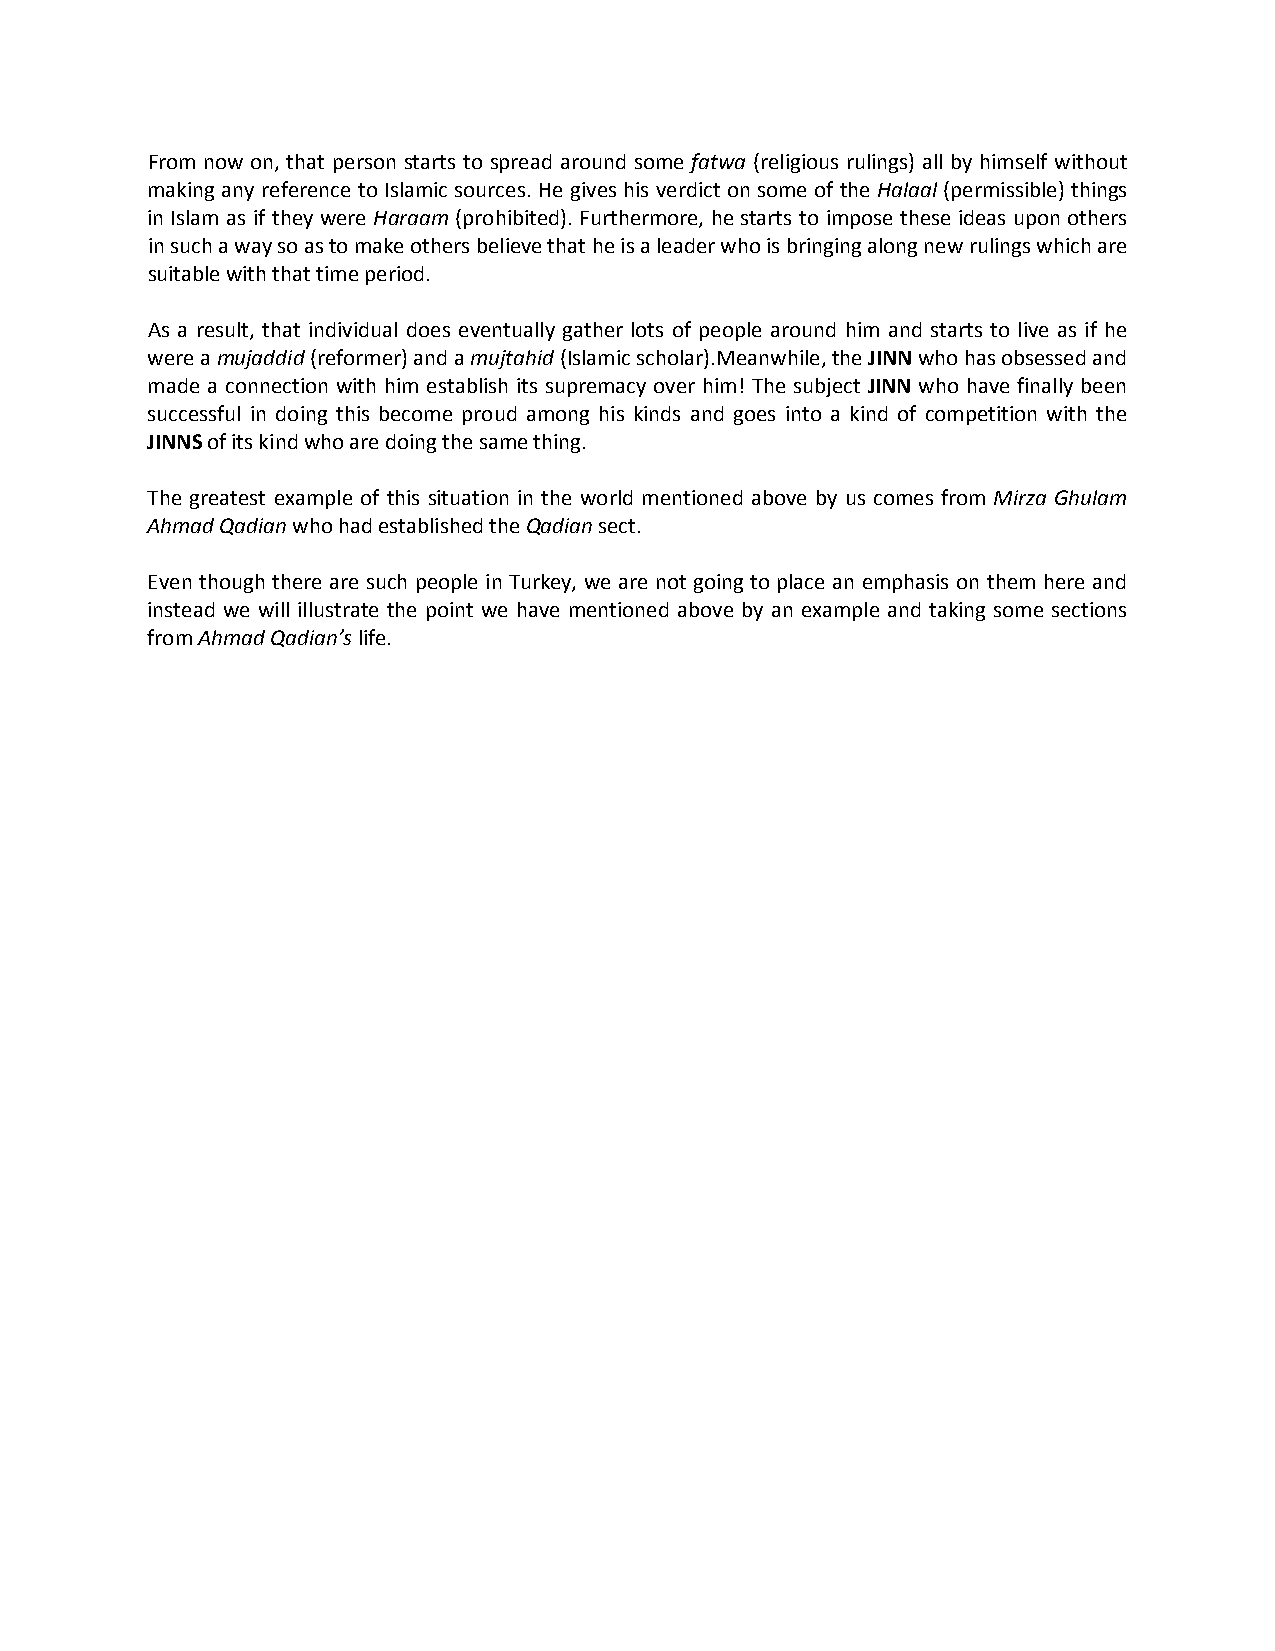
From now on, that person starts to spread around some fatwa (religious rulings) all by himself without
 making any reference to Islamic sources. He gives his verdict on some of the Halaal (permissible) things
 in Islam as if they were Haraam (prohibited). Furthermore, he starts to impose these ideas upon others
 in such a way so as to make others believe that he is a leader who is bringing along new rulings which are
 suitable with that time period.
 As a result, that individual does eventually gather lots of people around him and starts to live as if he
 were a mujaddid (reformer) and a mujtahid (Islamic scholar).Meanwhile, the JINN who has obsessed and
 made a connection with him establish its supremacy over him! The subject JINN who have finally been
 successful in doing this become proud among his kinds and goes into a kind of competition with the
 JINNS of its kind who are doing the same thing.
 The greatest example of this situation in the world mentioned above by us comes from Mirza Ghulam
 Ahmad Qadian who had established the Qadian sect.
 Even though there are such people in Turkey, we are not going to place an emphasis on them here and
 instead we will illustrate the point we have mentioned above by an example and taking some sections
 from Ahmad Qadian’s life.